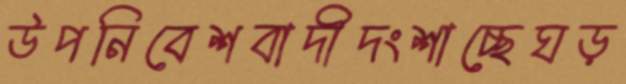
উপনিবেশবাদীদংশাচ্ছেঘড়